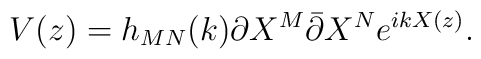
V(z) = h_{MN} (k) \partial X^M \bar{\partial} X^Ne^{ikX (z)}.